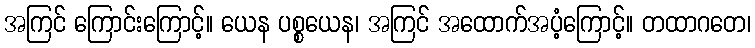
အကြင် ကြောင်းကြောင့်။ ယေန ပစ္စယေန၊ အကြင် အထောက်အပံ့ကြောင့်။ တထာဂတေ၊